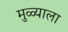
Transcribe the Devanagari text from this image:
मुळ्याला